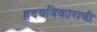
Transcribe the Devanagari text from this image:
हृदयविकाराची